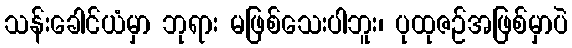
သန်းခေါင်ယံမှာ ဘုရား မဖြစ်သေးပါဘူး၊ ပုထုဇဉ်အဖြစ်မှာပဲ